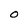
Character: O